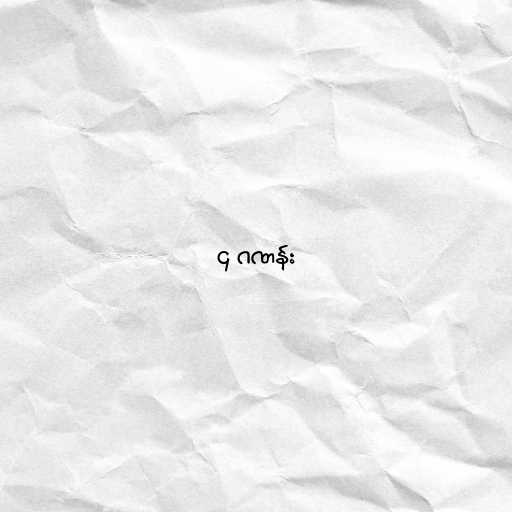
၄ ဂဏန်း